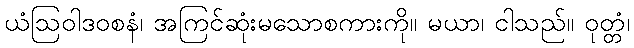
ယံဩဝါဒဝစနံ၊ အကြင်ဆုံးမသောစကားကို။ မယာ၊ ငါသည်။ ဝုတ္တံ၊